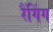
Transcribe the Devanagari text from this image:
रैंगिंग